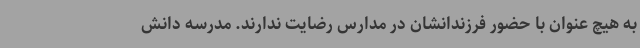
به هیچ عنوان با حضور فرزندانشان در مدارس رضایت ندارند. مدرسه دانش